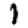
Digit: 1